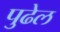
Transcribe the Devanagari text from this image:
पुढेल